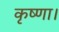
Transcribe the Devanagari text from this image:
कृष्णा।